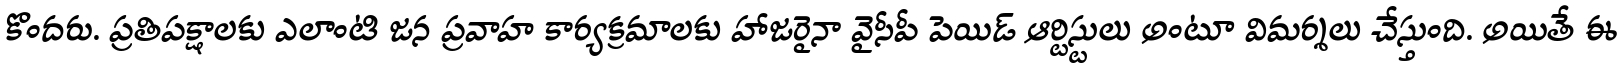
కొందరు. ప్రతిపక్షాలకు ఎలాంటి జన ప్రవాహ కార్యక్రమాలకు హాజరైనా వైసీపీ పెయిడ్ ఆర్టిస్టులు అంటూ విమర్శలు చేస్తుంది. అయితే ఈ